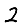
Digit: 2